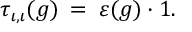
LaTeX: \tau _ { \iota , \iota } ( g ) \: = \: \varepsilon ( g ) \cdot 1 .